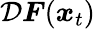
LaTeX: \mathcal{D}\boldsymbol{F}(\boldsymbol{x}_{t})